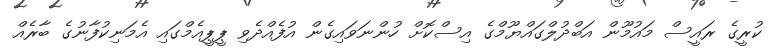
ކުރީގެ ރައީސް މައުމޫން އަބްދުލްގައްޔޫމްގެ އިސްކޮށް ހުންނަވައިގެން އުފެއްދެވި ޕީޕީއެމްގައި އެމަނިކުފާނުގެ ބާރެއް